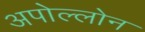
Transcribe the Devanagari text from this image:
अपोल्लोन